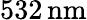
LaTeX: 532\, \textrm{nm}